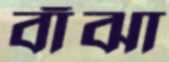
বাঁঝা